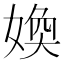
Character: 𡞵